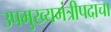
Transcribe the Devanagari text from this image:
उपमुख्यमंत्रीपदाचा